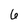
Character: 6